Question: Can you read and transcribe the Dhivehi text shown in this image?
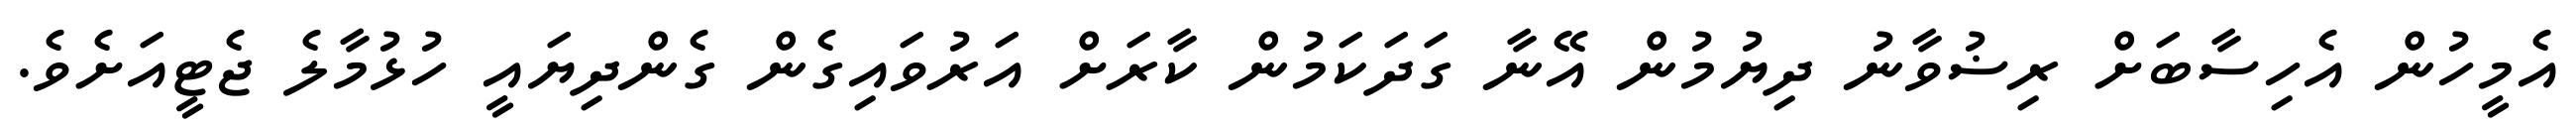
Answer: އެމީހުން އެހިސާބަށް ރިޟުވާނު ދިޔުމުން އޭނާ ގަދަކަމުން ކާރަށް އަރުވައިގެން ގެންދިޔައީ ހުޅުމާލެ ޖެޓީއަށެވެ.